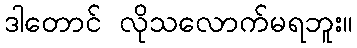
ဒါတောင် လိုသလောက်မရဘူး။